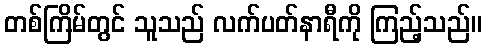
တစ်ကြိမ်တွင် သူသည် လက်ပတ်နာရီကို ကြည့်သည်။